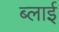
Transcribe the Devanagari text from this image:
ब्लाई